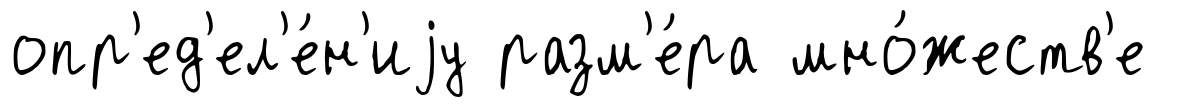
опр'ед'ел'е́н'иjу разм'е́ра мно́жеств'е